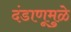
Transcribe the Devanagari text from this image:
दंडाणूमुळे